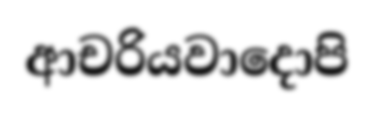
ආචරියවාදොපි